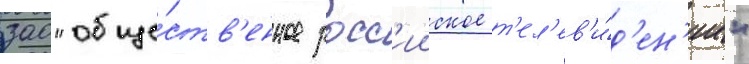
зао "обще́ств'енное росс'ииское т'ел'ев'и́д'ен'ие"